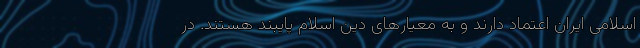
اسلامی ایران اعتماد دارند و به معیارهای دین اسلام پایبند هستند. در